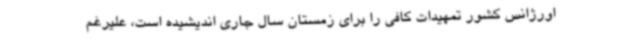
اورژانس کشور تمهیدات کافی را برای زمستان سال جاری اندیشیده است، علیرغم